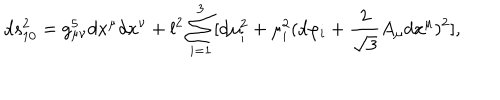
LaTeX: d s _ { 1 0 } ^ { 2 } = g _ { \mu \nu } ^ { 5 } d x ^ { \mu } d x ^ { \nu } + l ^ { 2 } \sum _ { i = 1 } ^ { 3 } [ d \mu _ { i } ^ { 2 } + \mu _ { i } ^ { 2 } ( d \varphi _ { i } + \frac { 2 } { \sqrt { 3 } } A _ { \mu } d x ^ { \mu } ) ^ { 2 } ] ,